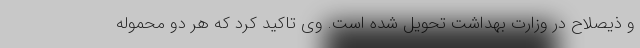
و ذیصلاح در وزارت بهداشت تحویل شده است. وی تاکید کرد که هر دو محموله